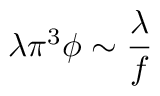
\lambda \pi ^ { 3 } \phi \sim \frac \lambda f